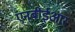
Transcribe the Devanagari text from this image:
एनबीईआर